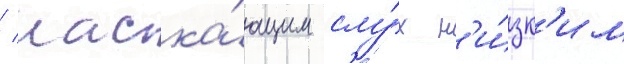
/ ласка́ющим слу́х н'и́зк'им